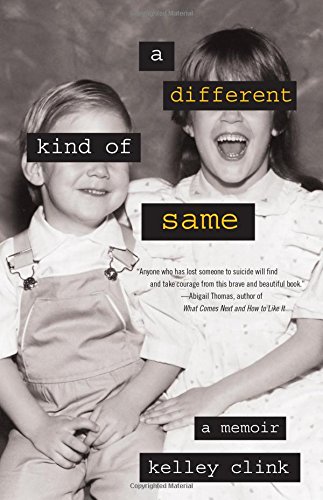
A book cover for A Different Kind of Same: A Memoir; Kelley Clink; Parenting & Relationships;